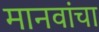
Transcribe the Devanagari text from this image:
मानवांचा